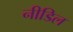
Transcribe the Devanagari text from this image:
नीडिल